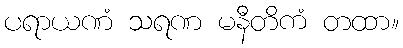
ပရာယဏံ သရဏ မနီတိကံ တထာ။